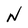
Character: N